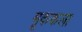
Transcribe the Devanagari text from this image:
मूककला